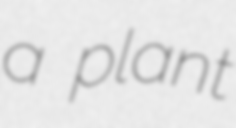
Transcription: a plant